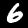
Label: 6